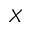
X